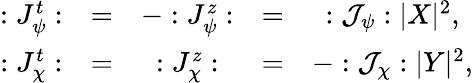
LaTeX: \begin{array}{cccccll}{{:J_{\psi}^{t}:}}&{{=}}&{{-:J_{\psi}^{z}:}}&{{=}}&{{:{\mathcal{J}}_{\psi}:|X|^{2},}}\\ {{:J_{\chi}^{t}:}}&{{=}}&{{:J_{\chi}^{z}:}}&{{=}}&{{-:{\mathcal{J}}_{\chi}:|Y|^{2},}}\end{array}